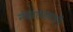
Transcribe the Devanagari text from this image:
नेदरलंडमध्ये